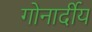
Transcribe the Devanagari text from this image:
गोनार्दीय